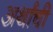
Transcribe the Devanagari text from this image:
अर्थांची